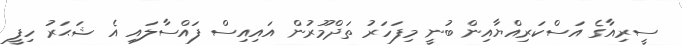
ސީރިއާގެ އަސްކަރިއްޔާއިން ބުނީ މިފަހަރު ތަދްމޫރުން އައިއިސް ފައްސާލައި އެ ޝަޙަރު ހިފީ